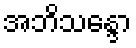
အဘိသန္ဒော